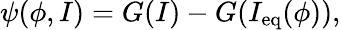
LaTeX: \psi(\phi,I)=G(I)-G(I_{\mathrm{eq}}(\phi)),